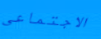
الاجتماعي